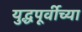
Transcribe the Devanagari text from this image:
युद्धपूर्वीच्या